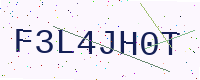
Text: F3L4JH0T